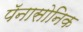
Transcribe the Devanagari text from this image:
पॅनासोनिक